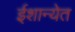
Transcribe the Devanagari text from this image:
ईशान्येत